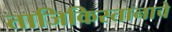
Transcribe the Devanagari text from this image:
ताजिकिस्तानाचे